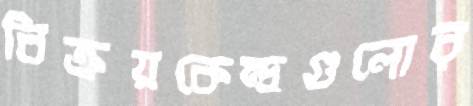
বিক্রয়কেন্দ্রগুলোর